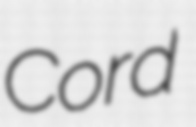
Cord